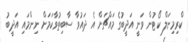
ކްރިމިނަލް ކޯޓުން ވަނީ އަދީބުގެ މައްޗަށް އެ ދައުވާ ސާބިތުވާކަމަށް ނިންމައި އަދީބު